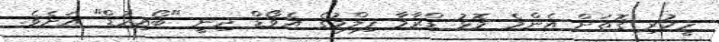
ހީކުރި ގޮތަށް އެންމެ މޮޅު ޑްރާމާ ފިލްމުގެ އެވޯޑް ދިނީ "ބޯއިހުޑް" އަށެވެ.